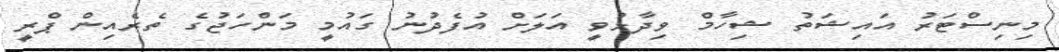
މިނިސްޓަރު އައިޝަތު ޝިހާމް ވިދާޅުވީ އަލަށް އުފެދުނު ގައުމީ މަންހަޖުގެ ތެރެއިން ޕްރީ